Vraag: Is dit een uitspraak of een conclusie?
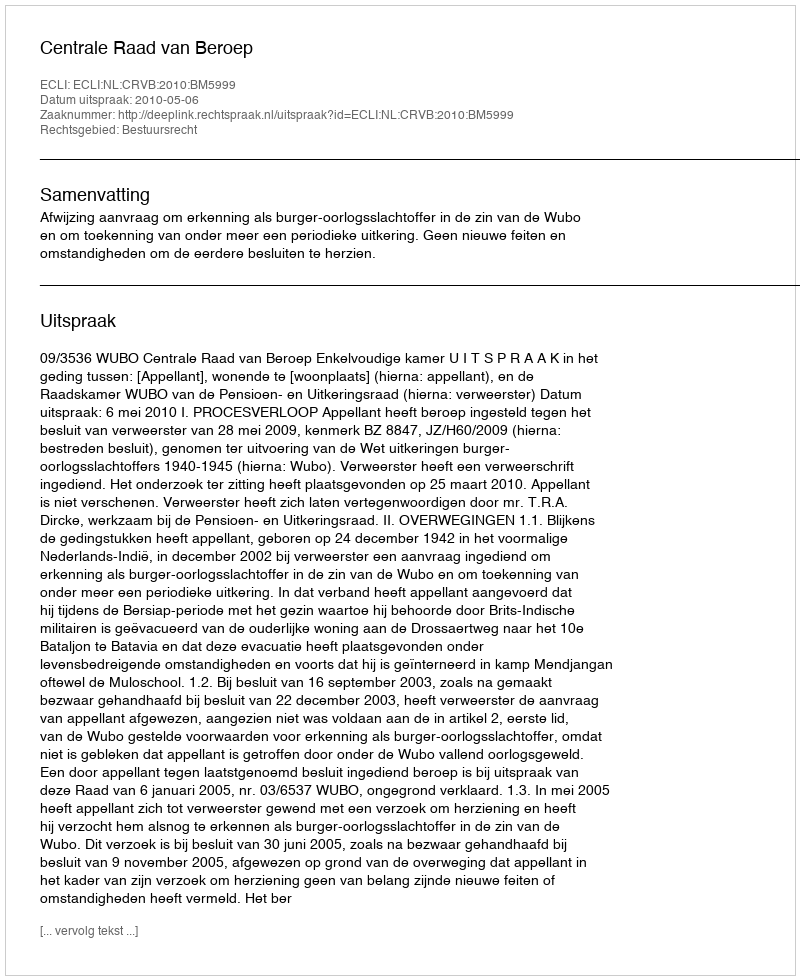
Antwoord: Uitspraak